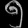
Digit: ၅